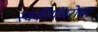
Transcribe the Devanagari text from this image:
स्वकीयांबरोबर